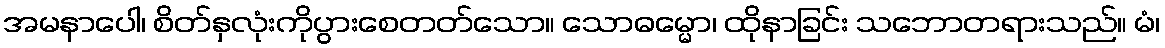
အမနာပေါ၊ စိတ်နှလုံးကိုပွားစေတတ်သော။ သောဓမ္မော၊ ထိုနာခြင်း သဘောတရားသည်။ မံ၊